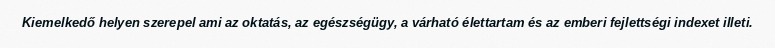
Kiemelkedő helyen szerepel ami az oktatás, az egészségügy, a várható élettartam és az emberi fejlettségi indexet illeti.